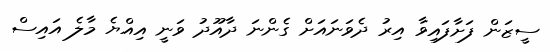
ސީޒަން ފަށާފައިވާ އިރު ދެވަނައަށް ގެންނަ ދާއޫދު ވަނީ އިއްޔެ މާލެ އައިސް